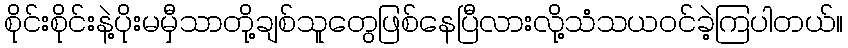
စိုင်းစိုင်းနဲ့ပိုးမမှီသာတို့ချစ်သူတွေဖြစ်နေပြီလားလို့သံသယဝင်ခဲ့ကြပါတယ်။